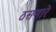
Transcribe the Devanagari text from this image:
ठसणारे